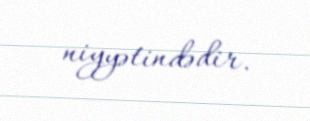
niyyətindədir.